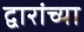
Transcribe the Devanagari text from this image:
द्वारांच्या